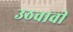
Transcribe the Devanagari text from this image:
उठवावी